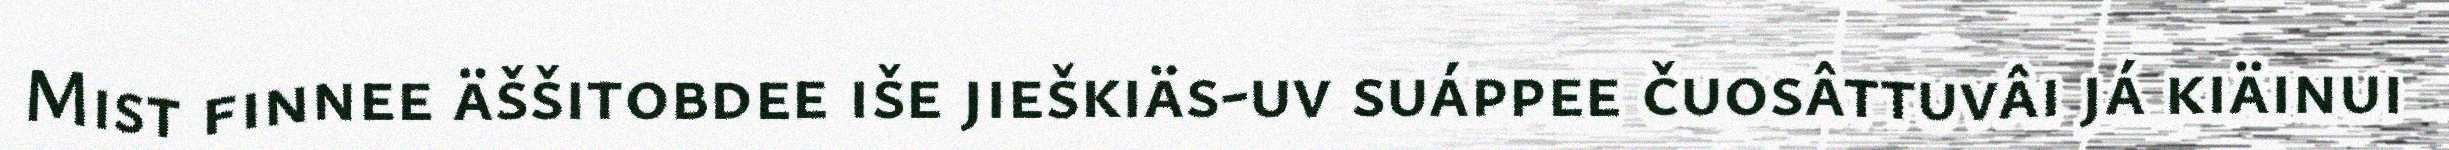
Mist finnee äššitobdee iše jieškiäs-uv suáppee čuosâttuvâi já kiäinui